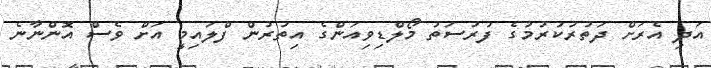
އަދި އެރަށް ދަތުރުކުރުމުގެ ފުރުސަތު މޯލްޑިވިއަންގެ އިތުރުން ފްލައިމީ އަށް ވެސް އޮންނާނެ